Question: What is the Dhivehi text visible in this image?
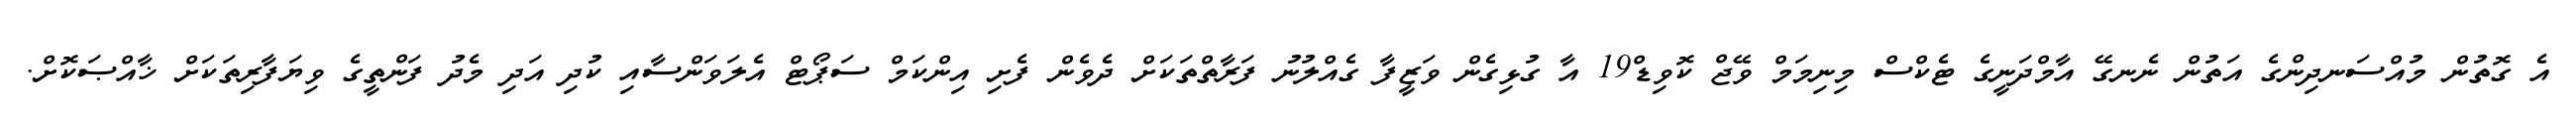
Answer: އެ ގޮތުން މުއްސަނދިންގެ އަތުން ނެނގޭ އާމްދަނީގެ ޓެކްސް މިނިމަމް ވޭޖް ކޮވިޑް19 އާ ގުޅިގެން ވަޒީފާ ގެއްލުނު ފަރާތްތަކަށް ދެވެން ފެށި އިންކަމް ސަޕޯޓް އެލަވަންސާއި ކުދި އަދި މެދު ފަންތީގެ ވިޔަފާރިތަކަށް ޚާއްޞަކޮށް.